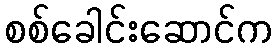
စစ်ခေါင်းဆောင်က